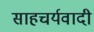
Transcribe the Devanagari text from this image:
साहचर्यवादी